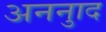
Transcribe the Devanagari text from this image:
अननुाद